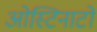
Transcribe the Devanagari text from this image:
ओस्टिनाटो